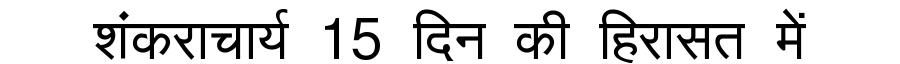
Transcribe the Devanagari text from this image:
शंकराचार्य 15 दिन की हिरासत में